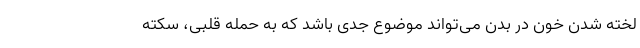
لخته شدن خون در بدن می‌تواند موضوع جدی باشد که به حمله قلبی، سکته